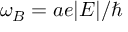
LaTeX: \omega _ { B } = a e | E | / \hbar